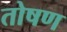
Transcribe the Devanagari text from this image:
तोषण